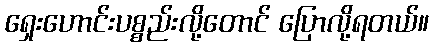
ရှေးဟောင်းပစ္စည်းလို့တောင် ပြောလို့ရတယ်။